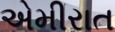
એમીરાત